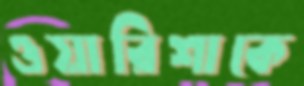
ওয়ারিশাকে